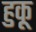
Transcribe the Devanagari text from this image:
हुकू